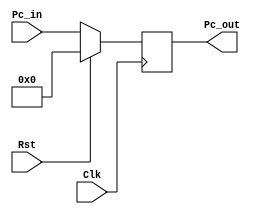
//program counter
module PC (
    //Inputs
    input Clk, Rst,
    input [31:0] Pc_in,

    //Outputs
    output reg [31:0] Pc_out
    );

//Initialize initial value of PC
initial begin
    Pc_out = 0;
end
 
always @(posedge Clk )
    begin
        if(Rst == 1)
            Pc_out <= 0;
        else
            Pc_out <= Pc_in;
    end
    
endmodule